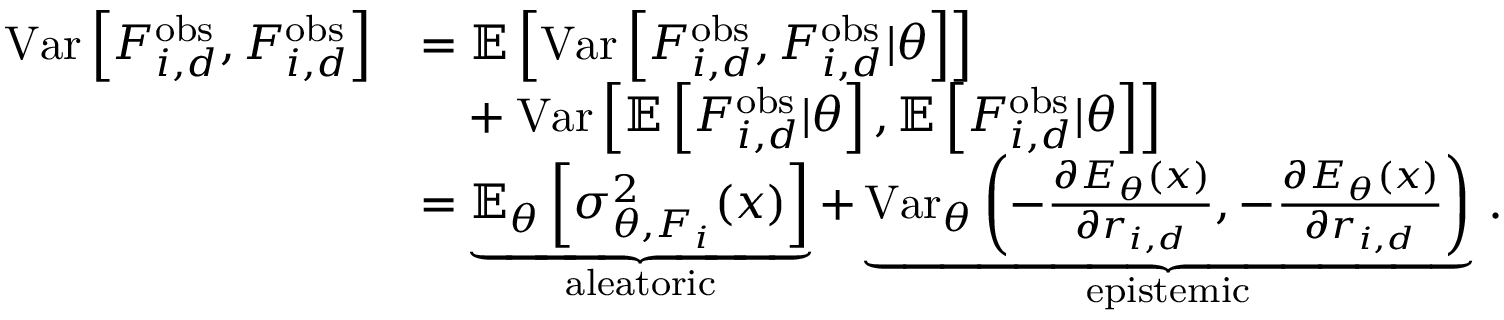
\begin{array} { r l } { \mathrm { V a r } \left[ F _ { i , d } ^ { \mathrm { o b s } } , F _ { i , d } ^ { \mathrm { o b s } } \right] } & { = \mathbb { E } \left[ \mathrm { V a r } \left[ F _ { i , d } ^ { \mathrm { o b s } } , F _ { i , d } ^ { \mathrm { o b s } } | \theta \right] \right] } \\ & { \phantom { = } + \mathrm { V a r } \left[ \mathbb { E } \left[ F _ { i , d } ^ { \mathrm { o b s } } | \theta \right] , \mathbb { E } \left[ F _ { i , d } ^ { \mathrm { o b s } } | \theta \right] \right] } \\ & { = \underbrace { \mathbb { E } _ { \theta } \left[ \sigma _ { \theta , F _ { i } } ^ { 2 } ( x ) \right] } _ { \mathrm { a l e a t o r i c } } + \underbrace { \mathrm { V a r } _ { \theta } \left( - \frac { \partial E _ { \theta } ( x ) } { \partial r _ { i , d } } , - \frac { \partial E _ { \theta } ( x ) } { \partial r _ { i , d } } \right) } _ { \mathrm { e p i s t e m i c } } \, . } \end{array}